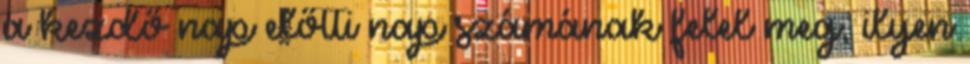
a kezdő nap előtti nap számának felel meg, ilyen